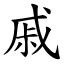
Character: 戚